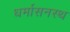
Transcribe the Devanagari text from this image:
धर्मासनस्थ